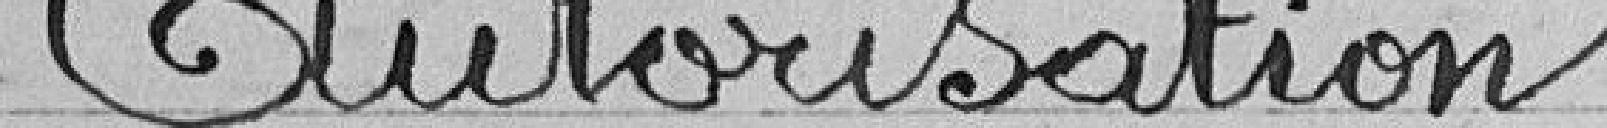
Autorisation